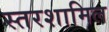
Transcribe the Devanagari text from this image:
स्तरशामिल